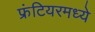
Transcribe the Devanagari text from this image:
फ्रंटियरमध्ये